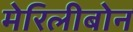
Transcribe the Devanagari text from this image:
मेरिलीबोन